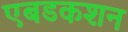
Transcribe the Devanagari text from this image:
एबडकशन